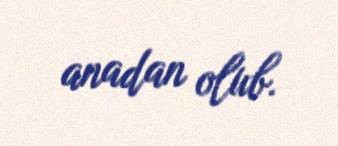
anadan olub.